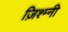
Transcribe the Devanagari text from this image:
ज़िश्म्नी